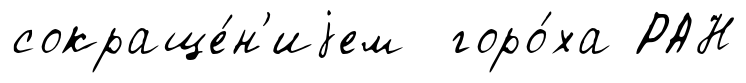
сокраще́н'иjем горо́ха РАН